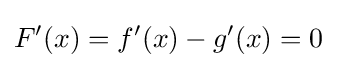
F'(x)=f'(x)-g'(x)=0